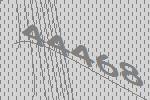
44468